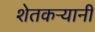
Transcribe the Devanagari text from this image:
शेतकऱ्यानी